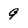
Character: 9